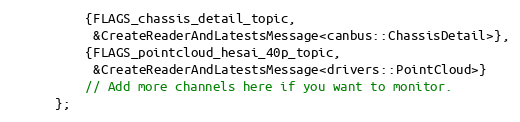
Language: C++
          {FLAGS_chassis_detail_topic,
           &CreateReaderAndLatestsMessage<canbus::ChassisDetail>},
          {FLAGS_pointcloud_hesai_40p_topic,
           &CreateReaderAndLatestsMessage<drivers::PointCloud>}
          // Add more channels here if you want to monitor.
      };